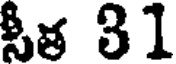
సీత 31